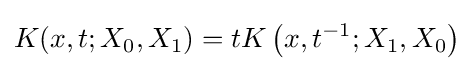
K(x,t;X_{0},X_{1})=tK\left(x,t^{-1};X_{1},X_{0}\right)